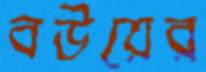
বউয়ের